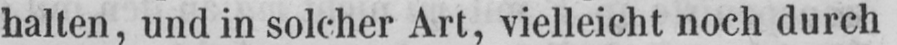
halten, und in solcher Art, vielleicht noch durch